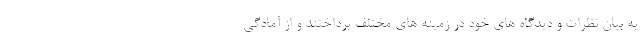
به بیان نظرات و دیدگاه های خود در زمینه های مختلف پرداختند و از آمادگی